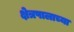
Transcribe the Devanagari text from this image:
क्षेत्रपालाच्या